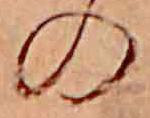
の